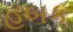
હબક